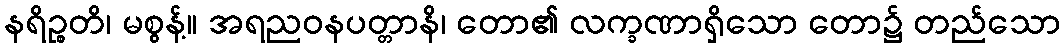
နရိဉ္စတိ၊ မစွန့်။ အရညဝနပတ္တာနိ၊ တော၏ လက္ခဏာရှိသော တော၌ တည်သော